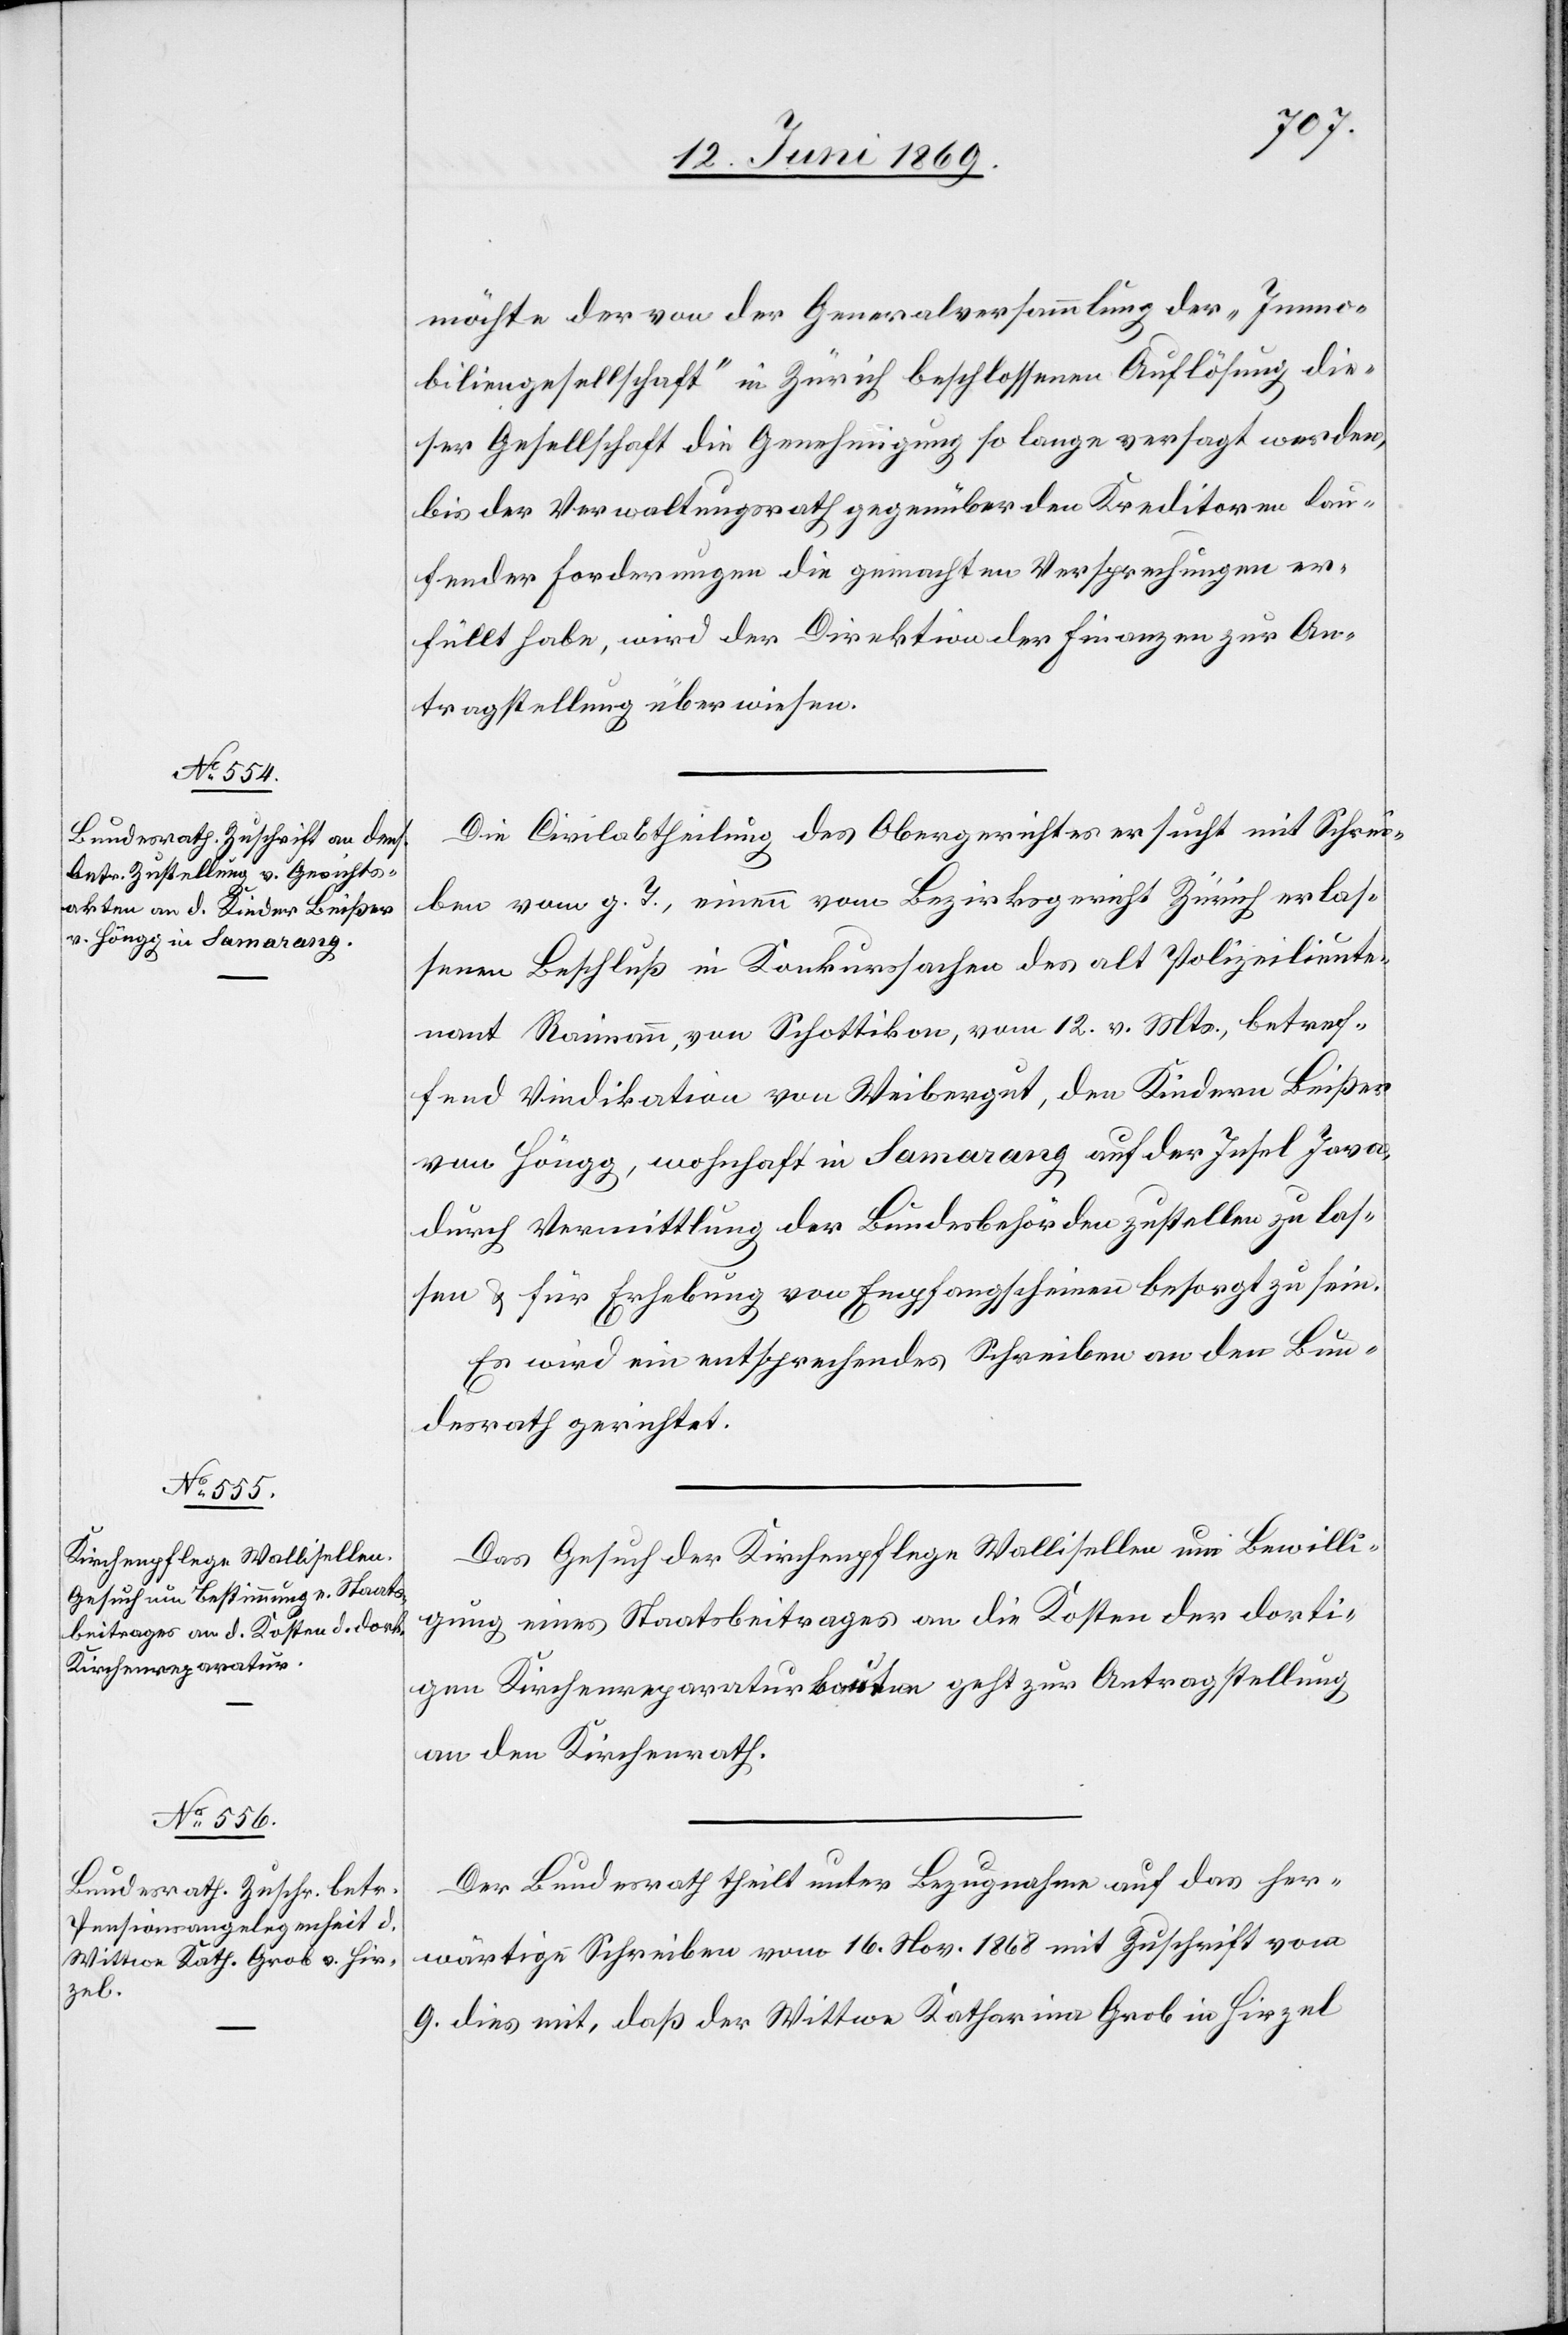
12. Juni 1869.]
möchte der von der Generalversammlung der „Immo¬
biliengesellschaft“ in Zürich beschlossenen Auflösung die¬
ser Gesellschaft die Genehmigung so lange versagt werden,
bis der Verwaltungsrath gegenüber den Kreditoren lau¬
fender Forderungen die gemachten Versprechungen er¬
füllt habe, wird der Direktion der Finanzen zur An¬
tragstellung überwiesen.
Die Civilabtheilung des Obergerichtes ersucht mit Schrei¬
ben vom g. T., einen vom Bezirksgericht Zürich erlas¬
senen Beschluß in Krankensachen des alt Polizeilieut¬
nant Raimann, von Schottikon, vom 12. v. Mts., betref¬
fend Vindikation von Weibergut, den Kindern Beißer
von Höngg, wohnhaft in Lamarang auf der Insel Java,
durch Vermittlung der Bundesbehörden zustellen zu las¬
sen u. für Erhebung von Empfangsscheinen besorgt zu sein.
Es wird ein entsprechendes Schreiben an den Bun¬
desrath gerichtet.
Das Gesuch der Kirchenpflege Wallisellen um Bewilli¬
gung eines Staatsbeitrages an die Kosten der dorti¬
gen Kirchenreparaturbauten geht zur Antragstellung
an den Kirchenrath.
Der Bundesrath theilt unter Bezugnahme auf das her¬
wärtige Schreiben vom 16. Nov. 1868 mit Zuschrift von
9. dies mit, daß der Wittwe Katharina Grob in Hirzel